Civil Veterinary Department. Central Provinces & Berar 1932-41 - 1932-1941
Year: 1932
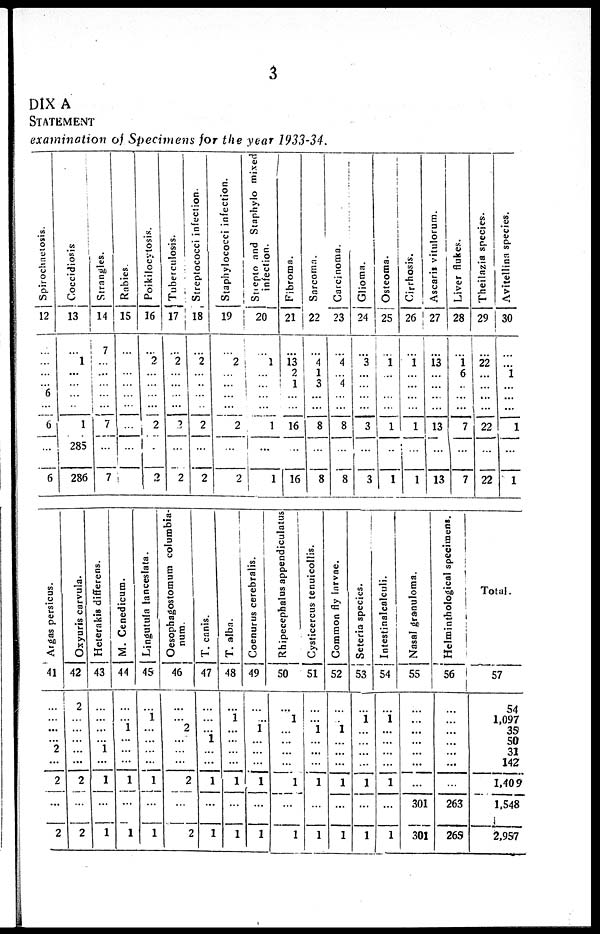
3
DIX A
STATEMENT
examination of Specimens for the year 1933-34.
Spirochetosis.
12
...
...
...
...
6
...
...
6
...
6
Coccidiosis
13
...
1
...
...
...
...
1
285
286
Strangles.
14
7
...
...
...
...
...
7
7
Rabies.
15
...
...
...
...
...
...
...
Poikilocytosis.
16
...
2
...
...
...
...
...
2
...
2
Tuberculosis.
17
...
2
...
...
...
...
...
...
2
Streptococci infection.
18
...
2
...
..
...
...
2
...
2
Staphylococci infection.
19
...
2
...
...
...
...
2
...
2
St i ept o and Staphylo mixed
infection.
20
...
1
...
...
...
...
1
...
1
Fi br oma .
21
...
13
2
1
...
...
16
...
16
Sa r
c oma
22
...
4
1
3
...
...
8
...
8
Ca r
c inoma .
23
...
4
...
4
...
...
8
...
8
Gl i
oma.
24
...
3
...
...
...
...
3
...
3
Os t
e oma .
25
...
1
...
...
...
...
1
...
1
Cirrhosis.
26
...
1
...
...
...
...
1
...
1
Ascaris vitulorum.
27
...
13
...
...
...
...
13
...
13
Li ver flukes.
28
...
1
6
...
...
...
7
...
7
Theilazia species.
29
...
22
...
...
...
...
22
...
22
Avitellina species.
30
...
...
1
...
...
...
1
...
1
Argas persicus.
41
...
...
...
...
2
...
2
...
2
Oxyuris carvula.
42
2
...
...
...
...
...
2
...
2
Heterakis differens.
43
...
...
...
...
1
...
1
...
1
M. Cenedicum.
44
...
...
1
...
...
...
1
...
1
Ljngutula lanceslata.
45
...
1
...
...
...
...
1
...
1
Oesophagostomum columbia-
num.
46
...
...
2
...
...
...
2
...
2
T. canis.
47
...
...
...
1
...
...
1
...
1
T. alba.
48
...
1
...
...
...
...
1
...
1
Coenurus cerebralis.
49
...
...
1
...
...
...
1
...
1
Rhipecephalus appendiculatus
50
...
1
...
...
...
...
1
...
1
Cysticercus tenuicollis.
51
...
...
1
...
...
...
1
...
1
Common fly larvae.
52
...
...
1
...
...
...
1
...
1
Seteria species.
53
...
1
...
...
...
...
1
...
1
Intestinalcalculi.
54
...
1
...
...
...
...
1
...
1
Nasal granuloma.
55
...
...
...
...
...
...
...
301
301
Helminthological specimens.
56
...
...
...
...
...
...
...
263
265
Total.
57
54
1,097
35
50
31
142
1,409
1,548
2,957